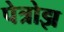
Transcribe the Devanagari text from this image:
पेत्रोझ